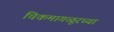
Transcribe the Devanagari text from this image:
चिकमागळूरच्या